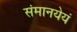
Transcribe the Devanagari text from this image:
संमानयेयं